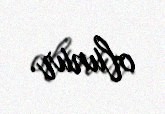
olunur.